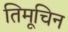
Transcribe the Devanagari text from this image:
तिमूचिन